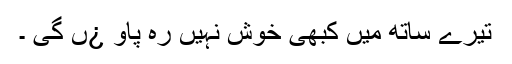
تیرے ساتھ میں کبھی خوش نہیں رہ پاو ¿ں گی ۔